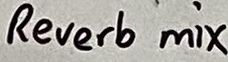
Text: Reverb mix